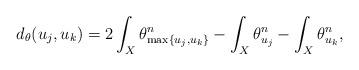
LaTeX: \begin{align*}d_\theta(u_j, u_k)= 2 \int_X \theta_{\max\{u_j, u_k\}}^n - \int_X \theta_{u_j}^n - \int_X \theta_{u_k}^n,\end{align*}